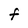
Character: f